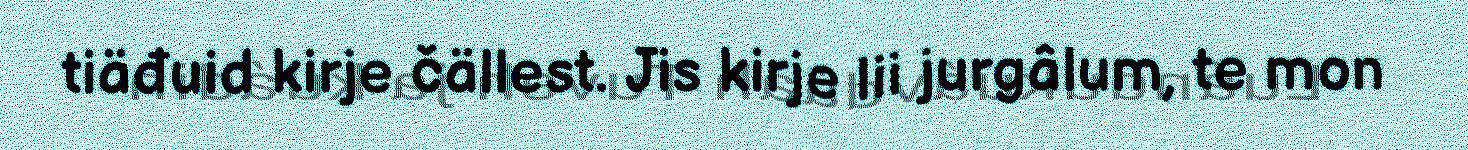
tiäđuid kirje čällest. Jis kirje lii jurgâlum, te mon